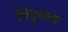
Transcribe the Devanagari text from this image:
चिट्टकल